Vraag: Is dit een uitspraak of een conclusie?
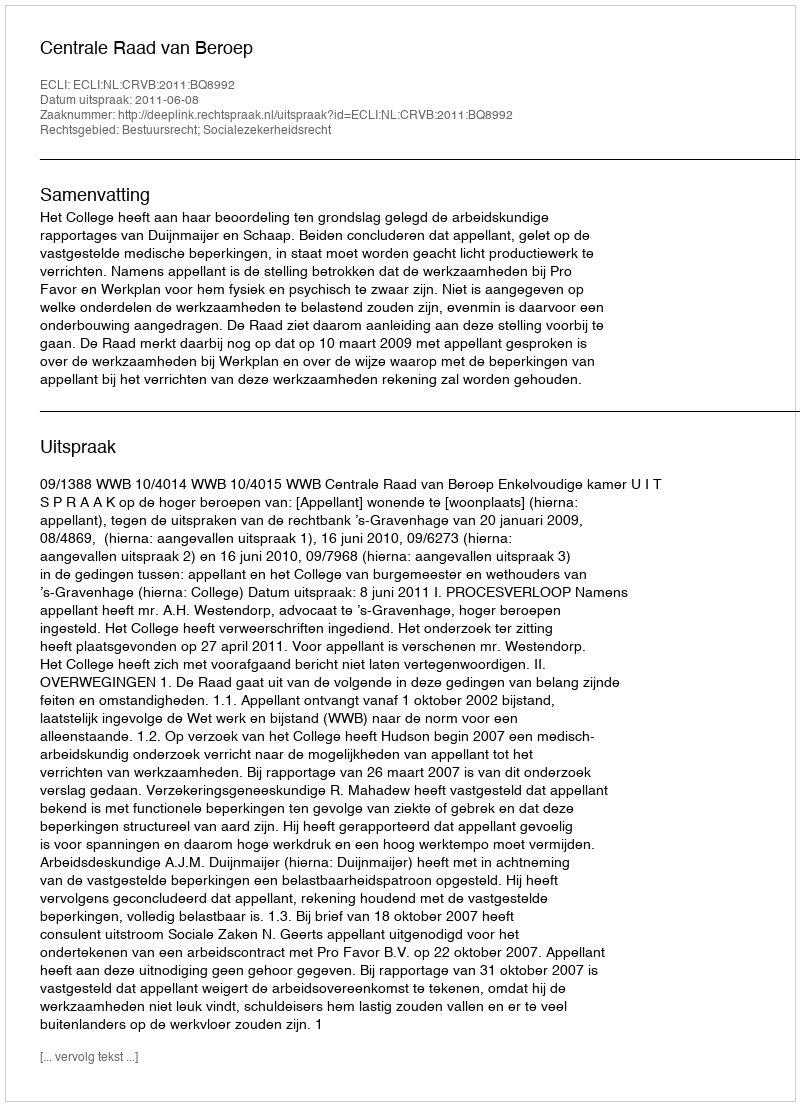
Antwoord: Uitspraak